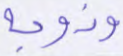
وزوجه